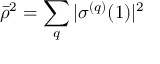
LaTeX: { \bar { \rho } } ^ { 2 } = \sum _ { q } | \sigma ^ { ( q ) } ( 1 ) | ^ { 2 }